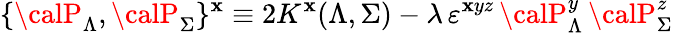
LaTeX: \{ {\calP}_{\Lambda},{\calP}_{\Sigma}\} ^{\mathbf{x}}\equiv2K^{\mathbf{x}}(\Lambda,\Sigma)-{{\lambda}}\, \varepsilon^{\mathbf{x}yz}\, {\calP}_{\Lambda}^{y}\, {\calP}_{\Sigma}^{z}